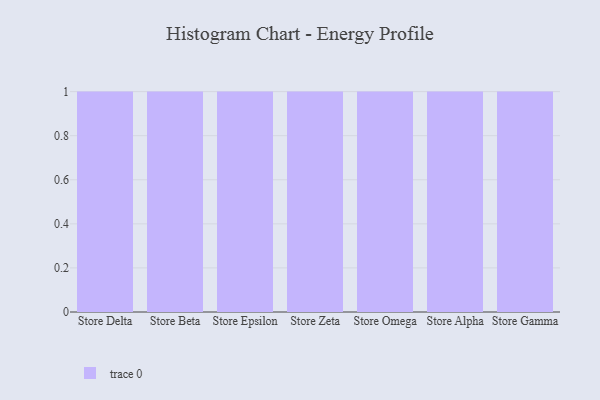
{"axis": {"x": "Store", "y": "Energy Usage (MWh)"}, "legend": [""], "data": [{"x": "Store Delta", "y": 17, "type": ""}, {"x": "Store Beta", "y": 56, "type": ""}, {"x": "Store Epsilon", "y": 12, "type": ""}, {"x": "Store Zeta", "y": 65, "type": ""}, {"x": "Store Omega", "y": 37, "type": ""}, {"x": "Store Alpha", "y": 67, "type": ""}, {"x": "Store Gamma", "y": 53, "type": ""}]}